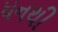
ધનથી